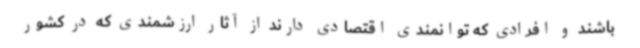
باشند و افرادی که توانمندی اقتصادی دارند از آثار ارزشمندی که در کشور